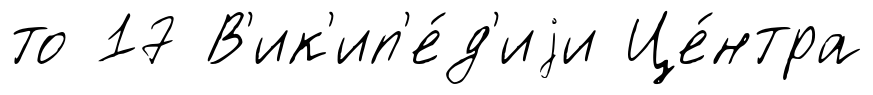
то 17 В'ик'ип'е́д'иjи Це́нтра